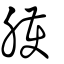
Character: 臒